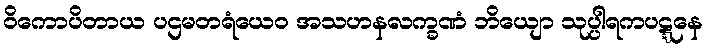
ဝိကောပိတာယ ပဌမတရံယေဝ အသဟနလက္ခဏံ ဘိယျော သုပ္ပါရကပဋ္ဋနေ